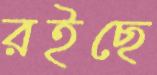
রইছে